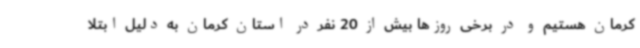
کرمان هستیم و در برخی روزها بیش از 20 نفر در استان کرمان به دلیل ابتلا